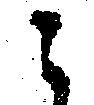
之